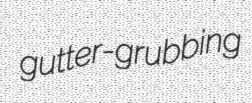
gutter-grubbing